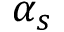
\alpha _ { s }